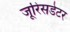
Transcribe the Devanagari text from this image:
जूरिसडेटर